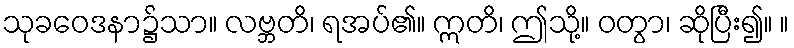
သုခဝေဒနာ၌သာ။ လဗ္ဘတိ၊ ရအပ်၏။ ဣတိ၊ ဤသို့။ ဝတွာ၊ ဆိုပြီး၍။ ။